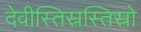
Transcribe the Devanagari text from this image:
देवीस्तिस्रस्तिस्रो